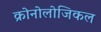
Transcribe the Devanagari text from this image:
क्रोनोलोजिकल